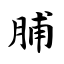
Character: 脯